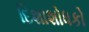
દિશાશોધકો